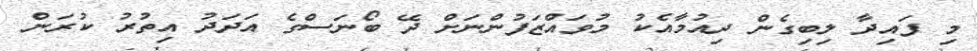
މި ފައިދާ ލިބިގެން ދިއުމާއެކު މުވައްޒަފުންނަށް ދޭ ބޯނަސްގެ އަދަދު އިތުރު ކުރަން